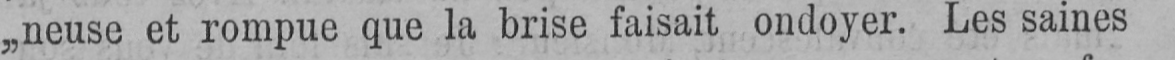
„neuse et rompue que la brise faisait ondoyer. Les saines